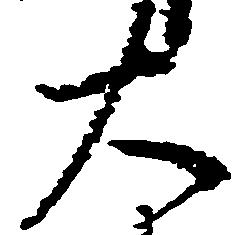
大